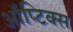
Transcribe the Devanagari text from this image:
ऑप्टिक्‍स